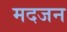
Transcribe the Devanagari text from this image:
मदजन